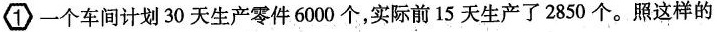
①一个车间计划30天生产零件6000个，实际前15天生产了2850个。照这样的